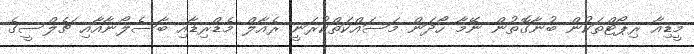
މީޑިއާ ރިޕޯޓްތަކުން ބުނާގޮތުން ނޭމާ ހޯދަން މަސައްކަތްކުރަނީ ރެއާލް މެޑްރިޑާއި ބާސެލޯނާއާއި ޗެލްސީގެ